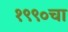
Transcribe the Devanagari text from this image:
१९९०चा